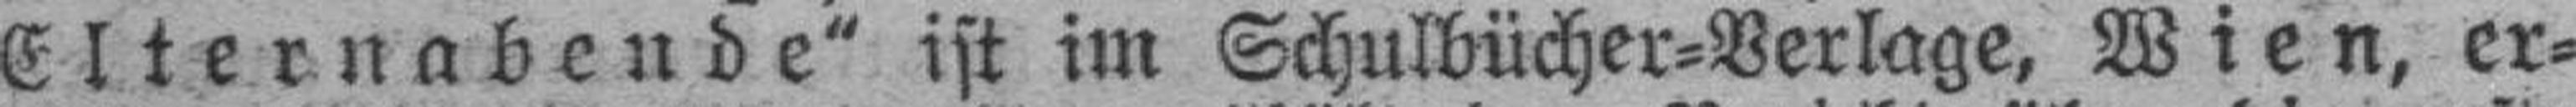
Elternabende“ ist im Schulbücher=Verlage, Wien, er¬